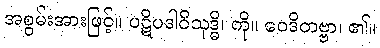
အစွမ်းအားဖြင့်။ ပဋိပဒါဝိသုဒ္ဓိ၊ ကို။ ဝေဒိတဗ္ဗာ၊ ၏။